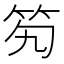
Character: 𥫷